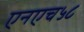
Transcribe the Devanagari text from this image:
एनएच५८